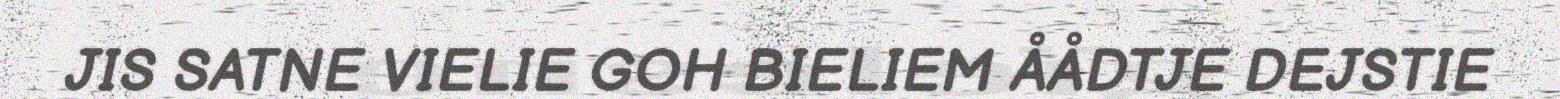
JIS SATNE VIELIE GOH BIELIEM ÅÅDTJE DEJSTIE